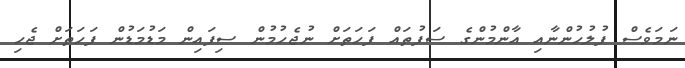
ނަމަވެސް ފުލުހުންނާއި އާންމުންގެ ސަފުތައް ފަހަތަށް ނުޖެހުމުން ސިފައިން މަޑުމަޑުން ފަހަތަށް ޖެހި